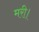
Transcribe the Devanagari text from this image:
मरी।